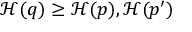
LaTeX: { \mathcal { H } } ( q ) \geq { \mathcal { H } } ( p ) , { \mathcal { H } } ( p ^ { \prime } )